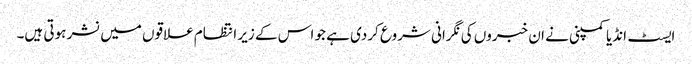
ایسٹ انڈیا کمپنی نے ان خبروں کی نگرانی شروع کردی ہے جو اس کے زیر انتظام علاقوں میں نشر ہوتی ہیں۔